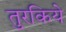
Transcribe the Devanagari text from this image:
तुरकिये